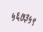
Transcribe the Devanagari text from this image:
५६७३५९